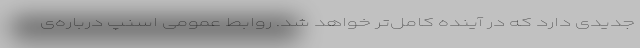
جدیدی دارد که در آینده کامل‌تر خواهد شد. روابط عمومی اسنپ درباره‌ی